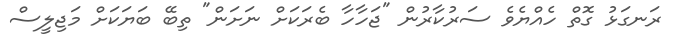
ރަނގަޅު ގޮތް ހެއްޔެވެ ސަރުކާރުން "ޖަހާހާ ބެރަކަށް ނަށަން" ތިބޭ ބަޔަކަށް މަޖިލީސް